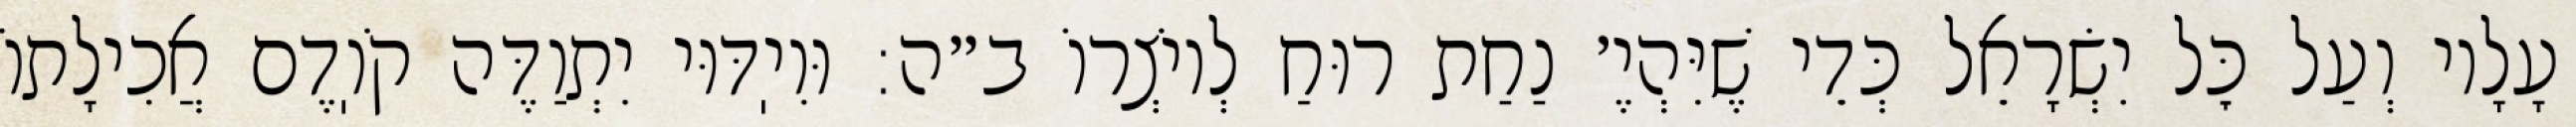
עָלָיו וְעַל כׇּל יִשְׂרָאֵל כְּדֵי שֶׁיִּהְיֶ׳ נַחַת רוּחַ לְיוֹצְרוֹ ב״ה: וּוִיֽדּוּי יִתְוַדֶּה קֹוֽדֶם אֲכִילָתוֹ